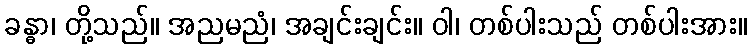
ခန္ဓာ၊ တို့သည်။ အညမညံ၊ အချင်းချင်း။ ဝါ၊ တစ်ပါးသည် တစ်ပါးအား။